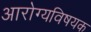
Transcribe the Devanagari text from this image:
अारोग्यविषयक